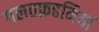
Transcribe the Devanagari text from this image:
गलतफ़हमियां